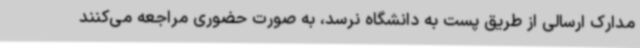
مدارک ارسالی از طریق پست به دانشگاه نرسد، به صورت حضوری مراجعه می‌کنند